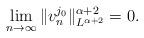
LaTeX: \begin{align*}\lim_{n\rightarrow \infty} \|v^{j_0}_n\|^{\alpha+2}_{L^{\alpha+2}} =0.\end{align*}